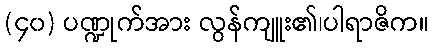
(၄၀) ပဏ္ဍုက်အား လွန်ကျူး၏၊ပါရာဇိက။